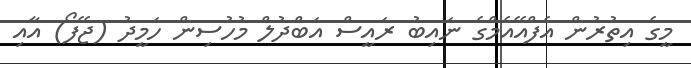
މީގެ އިތުރުން އެފްއޭއެމްގެ ނައިބު ރައީސް އަބްދުލް މުހުސިން ހަމީދު (ޖޭފޯ) އާއި